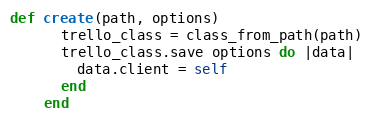
Language: Ruby
def create(path, options)
      trello_class = class_from_path(path)
      trello_class.save options do |data|
        data.client = self
      end
    end